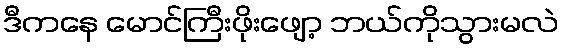
ဒီကနေ မောင်ကြီးဖိုးဖျော့ ဘယ်ကိုသွားမလဲ